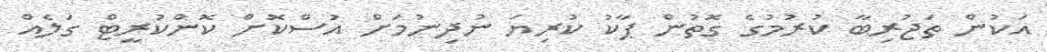
އަކުން ތަޖުރިބާ ކުރުމުގެ ގޮތުން ޕާކު ކުރިޔަ ނުދިނުމަށް އުސްކޮށް ކޮންކުރީޓް ގަލެއް